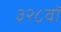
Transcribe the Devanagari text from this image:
३२८वॉ